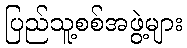
ပြည်သူ့စစ်အဖွဲ့များ